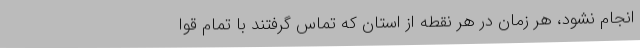
انجام نشود، هر زمان در هر نقطه از استان که تماس گرفتند با تمام قوا